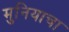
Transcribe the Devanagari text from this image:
मुनियाचा